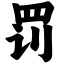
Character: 罚